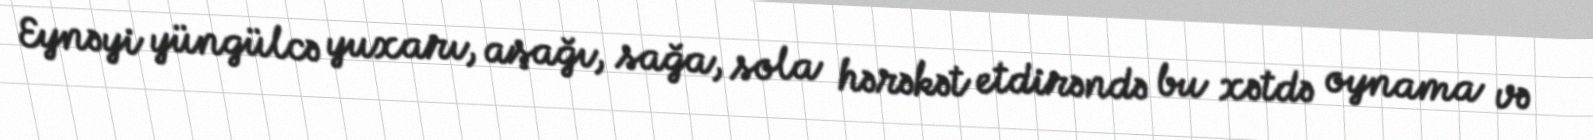
Eynəyi yüngülcə yuxarı, aşağı, sağa, sola hərəkət etdirəndə bu xətdə oynama və